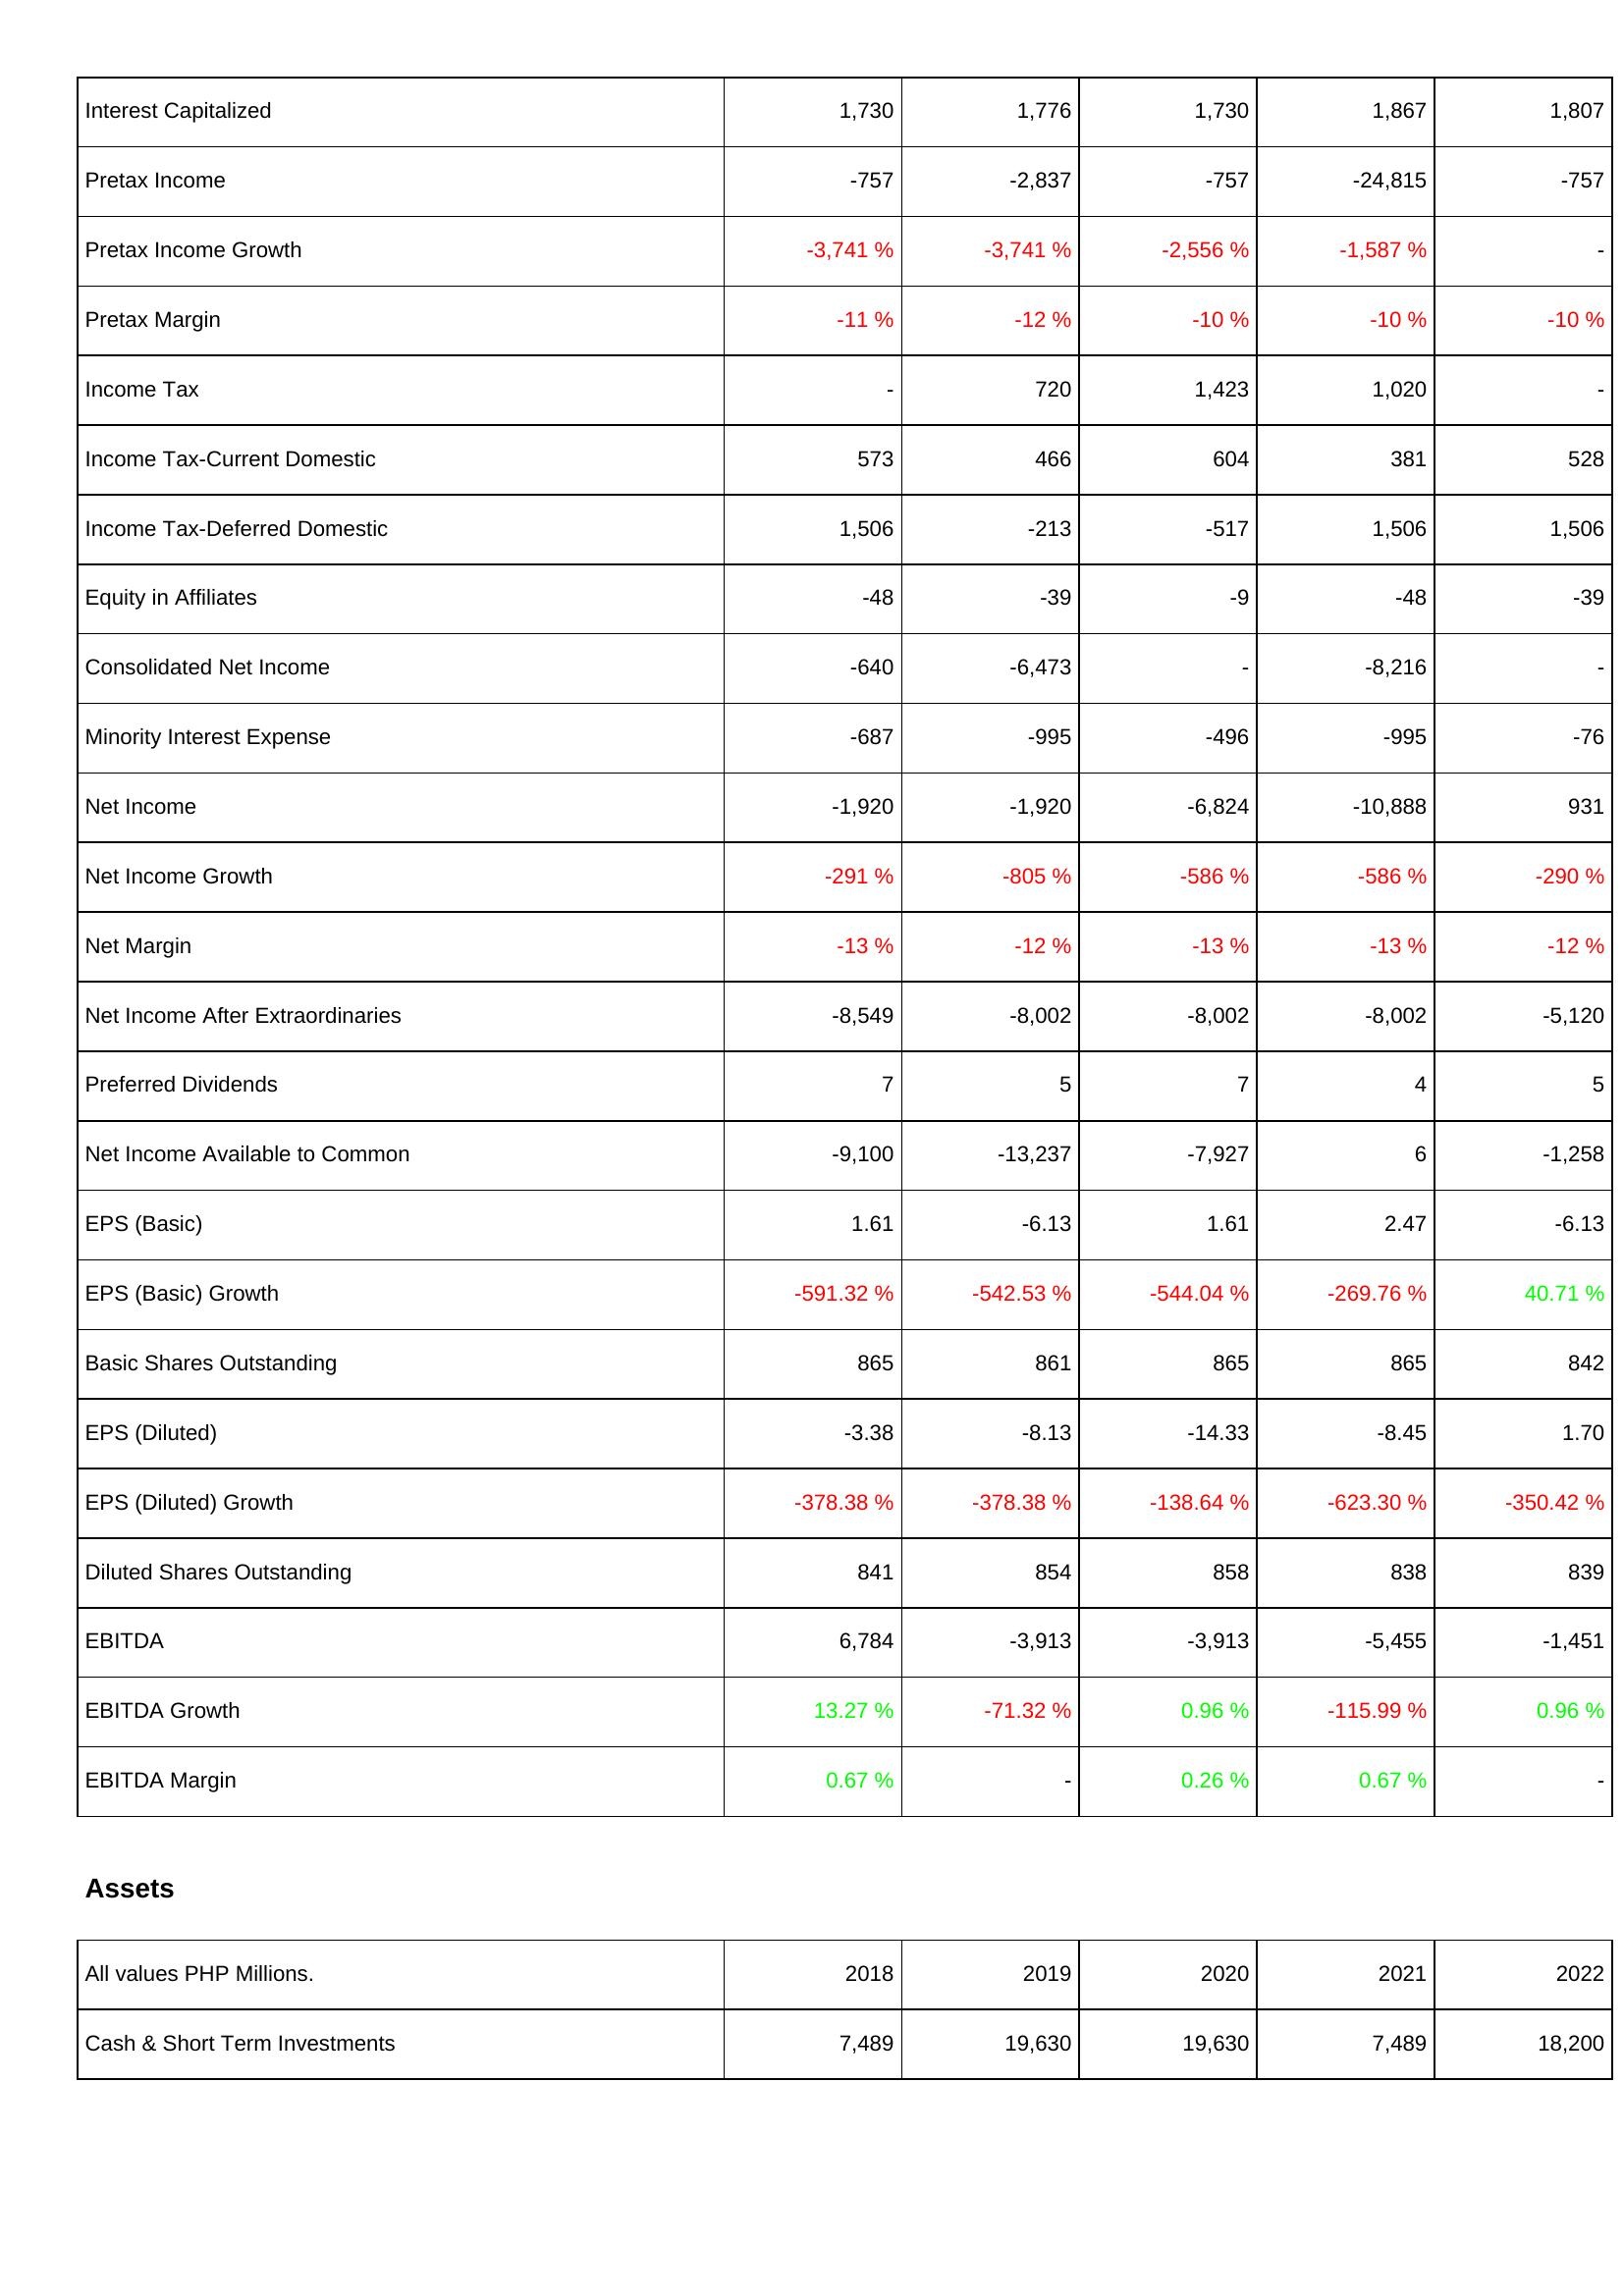
2018: Income Statement: Interest Capitalized: 1,730
Pretax Income: -757
Pretax Income Growth: -3,741 %
Pretax Margin: -11 %
Income Tax: -
Income Tax-Current Domestic: 573
Income Tax-Deferred Domestic: 1,506
Equity in Affiliates: -48
Consolidated Net Income: -640
Minority Interest Expense: -687
Net Income: -1,920
Net Income Growth: -291 %
Net Margin: -13 %
Net Income After Extraordinaries: -8,549
Preferred Dividends: 7
Net Income Available to Common: -9,100
EPS (Basic): 1.61
EPS (Basic) Growth: -591.32 %
Basic Shares Outstanding: 865
EPS (Diluted): -3.38
EPS (Diluted) Growth: -378.38 %
Diluted Shares Outstanding: 841
EBITDA: 6,784
EBITDA Growth: 13.27 %
EBITDA Margin: 0.67 %
Assets: Cash & Short Term Investments: 7,489
2019: Income Statement: Interest Capitalized: 1,776
Pretax Income: -2,837
Pretax Income Growth: -3,741 %
Pretax Margin: -12 %
Income Tax: 720
Income Tax-Current Domestic: 466
Income Tax-Deferred Domestic: -213
Equity in Affiliates: -39
Consolidated Net Income: -6,473
Minority Interest Expense: -995
Net Income: -1,920
Net Income Growth: -805 %
Net Margin: -12 %
Net Income After Extraordinaries: -8,002
Preferred Dividends: 5
Net Income Available to Common: -13,237
EPS (Basic): -6.13
EPS (Basic) Growth: -542.53 %
Basic Shares Outstanding: 861
EPS (Diluted): -8.13
EPS (Diluted) Growth: -378.38 %
Diluted Shares Outstanding: 854
EBITDA: -3,913
EBITDA Growth: -71.32 %
EBITDA Margin: -
Assets: Cash & Short Term Investments: 19,630
2020: Income Statement: Interest Capitalized: 1,730
Pretax Income: -757
Pretax Income Growth: -2,556 %
Pretax Margin: -10 %
Income Tax: 1,423
Income Tax-Current Domestic: 604
Income Tax-Deferred Domestic: -517
Equity in Affiliates: -9
Consolidated Net Income: -
Minority Interest Expense: -496
Net Income: -6,824
Net Income Growth: -586 %
Net Margin: -13 %
Net Income After Extraordinaries: -8,002
Preferred Dividends: 7
Net Income Available to Common: -7,927
EPS (Basic): 1.61
EPS (Basic) Growth: -544.04 %
Basic Shares Outstanding: 865
EPS (Diluted): -14.33
EPS (Diluted) Growth: -138.64 %
Diluted Shares Outstanding: 858
EBITDA: -3,913
EBITDA Growth: 0.96 %
EBITDA Margin: 0.26 %
Assets: Cash & Short Term Investments: 19,630
2021: Income Statement: Interest Capitalized: 1,867
Pretax Income: -24,815
Pretax Income Growth: -1,587 %
Pretax Margin: -10 %
Income Tax: 1,020
Income Tax-Current Domestic: 381
Income Tax-Deferred Domestic: 1,506
Equity in Affiliates: -48
Consolidated Net Income: -8,216
Minority Interest Expense: -995
Net Income: -10,888
Net Income Growth: -586 %
Net Margin: -13 %
Net Income After Extraordinaries: -8,002
Preferred Dividends: 4
Net Income Available to Common: 6
EPS (Basic): 2.47
EPS (Basic) Growth: -269.76 %
Basic Shares Outstanding: 865
EPS (Diluted): -8.45
EPS (Diluted) Growth: -623.30 %
Diluted Shares Outstanding: 838
EBITDA: -5,455
EBITDA Growth: -115.99 %
EBITDA Margin: 0.67 %
Assets: Cash & Short Term Investments: 7,489
2022: Income Statement: Interest Capitalized: 1,807
Pretax Income: -757
Pretax Income Growth: -
Pretax Margin: -10 %
Income Tax: -
Income Tax-Current Domestic: 528
Income Tax-Deferred Domestic: 1,506
Equity in Affiliates: -39
Consolidated Net Income: -
Minority Interest Expense: -76
Net Income: 931
Net Income Growth: -290 %
Net Margin: -12 %
Net Income After Extraordinaries: -5,120
Preferred Dividends: 5
Net Income Available to Common: -1,258
EPS (Basic): -6.13
EPS (Basic) Growth: 40.71 %
Basic Shares Outstanding: 842
EPS (Diluted): 1.70
EPS (Diluted) Growth: -350.42 %
Diluted Shares Outstanding: 839
EBITDA: -1,451
EBITDA Growth: 0.96 %
EBITDA Margin: -
Assets: Cash & Short Term Investments: 18,200